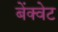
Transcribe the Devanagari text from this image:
बेंक्वेट